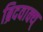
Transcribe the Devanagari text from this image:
ब्रिदवाक्य्